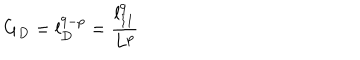
G _ { D } = l _ { D } ^ { 9 - p } = \frac { l _ { 1 1 } ^ { 9 } } { L ^ { p } }